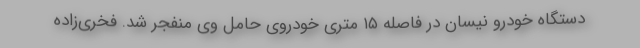
دستگاه خودرو نیسان در فاصله ۱۵ متری خودروی حامل وی منفجر شد. فخری‌زاده